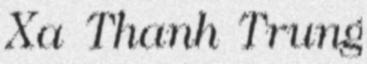
Xa Thanh Trung